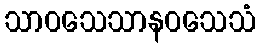
သာဝသေသာနဝသေသံ